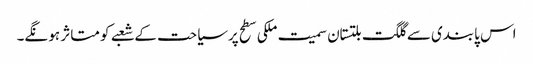
اس پابندی سے گلگت بلتستان سمیت ملکی سطح پرسیاحت کے شعبے کو متاثر ہو نگے۔